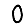
Digit: 0